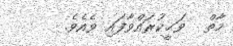
މާތް  ވަޙީކުރައްވާފައި ވެއެވެ.